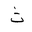
Letter: _tha